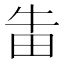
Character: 𱰩